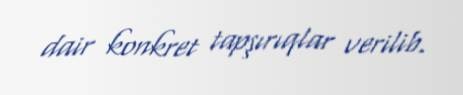
dair konkret tapşırıqlar verilib.